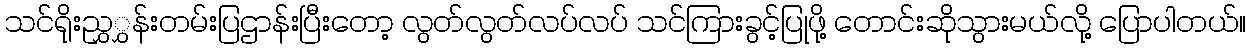
သင်ရိုးညွှွှန်းတမ်းပြဌာန်းပြီးတော့ လွတ်လွတ်လပ်လပ် သင်ကြားခွင့်ပြုဖို့ တောင်းဆိုသွားမယ်လို့ ပြောပါတယ်။